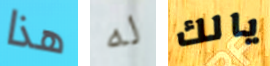
هذا له يالك